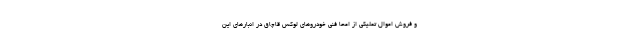
و فروش اموال تملیکی از امحا فنی خودروهای لوکس قاچاق در انبارهای این